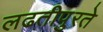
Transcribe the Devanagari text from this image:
लढतीपुरते